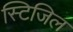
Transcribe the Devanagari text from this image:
स्टिजिल